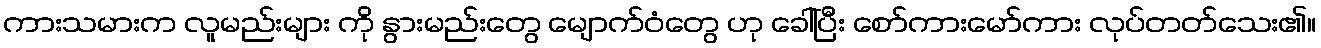
ကားသမားက လူမည်းများ ကို နွားမည်းတွေ မျောက်ဝံတွေ ဟု ခေါ်ပြီး စော်ကားမော်ကား လုပ်တတ်သေး၏။